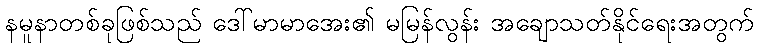
နမူနာတစ်ခုဖြစ်သည် ဒေါ်မာမာအေး၏ မမြန်လွန်း အချောသတ်နိုင်ရေးအတွက်